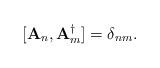
LaTeX: \begin{align*}[{\bf A}_{n},{\bf A}^{\dag}_{m}]=\delta_{nm}. \end{align*}